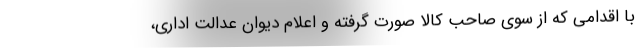
با اقدامی که از سوی صاحب کالا صورت گرفته و اعلام دیوان عدالت اداری،